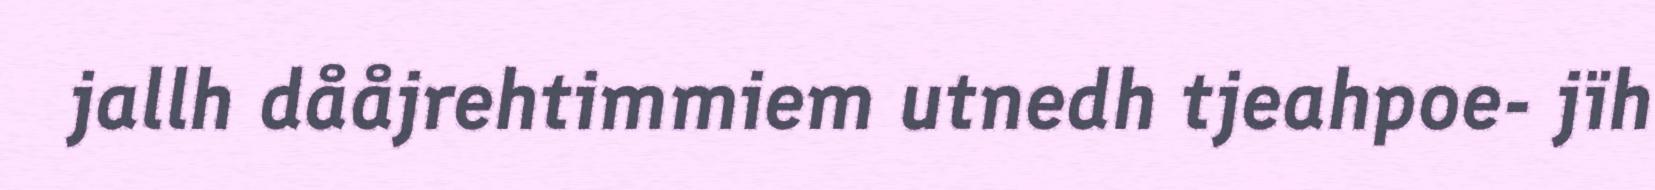
jallh dååjrehtimmiem utnedh tjeahpoe- jïh